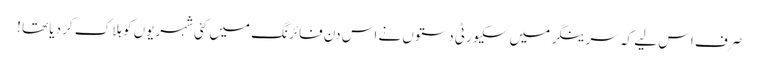
صرف اس لیے کہ سرینگر میں سکیورٹی دستوں نے اس دن فائرنگ میں کئی شہریوں کو ہلاک کر دیا تھا !